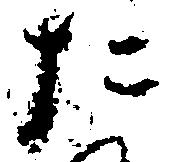
た